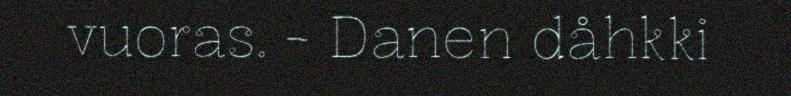
vuoras. - Danen dåhkki